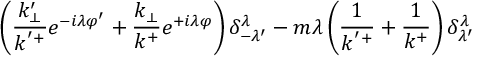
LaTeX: \left( \frac { k _ { \perp } ^ { \prime } } { k ^ { ' + } } e ^ { - i \lambda \varphi ^ { \prime } } + \frac { k _ { \perp } } { k ^ { + } } e ^ { + i \lambda \varphi } \right) \delta _ { - \lambda ^ { \prime } } ^ { \lambda } - m \lambda \left( \frac { 1 } { k ^ { ' + } } + \frac { 1 } { k ^ { + } } \right) \delta _ { \lambda ^ { \prime } } ^ { \lambda }